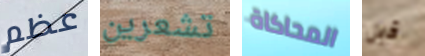
عظم تشعرين المحاكاة قبل